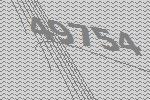
49754